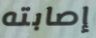
إصابته